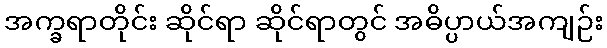
အက္ခရာတိုင်း ဆိုင်ရာ ဆိုင်ရာတွင် အဓိပ္ပာယ်အကျဉ်း